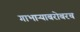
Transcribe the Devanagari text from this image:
गाभाऱ्याबरोबरच